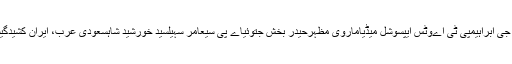
شاہد اللہ شاہدبنوںٹوئٹرمحمد بن سلمان آل سعودبھاشا ڈیمفخرالدین جی ابراہیمپی ٹی اےوٹس ایپسوشل میڈیاماروی مظہرحیدر بخش جتوئیاے پی سیعامر سہیلسیّد خورشید شاہسعودی عرب، ایران کشیدگیشاہد خاقان عباسیخواجہ آصفرینجرزمیاں بشیر احمداسامہ بن لادن